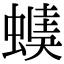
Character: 𧏂